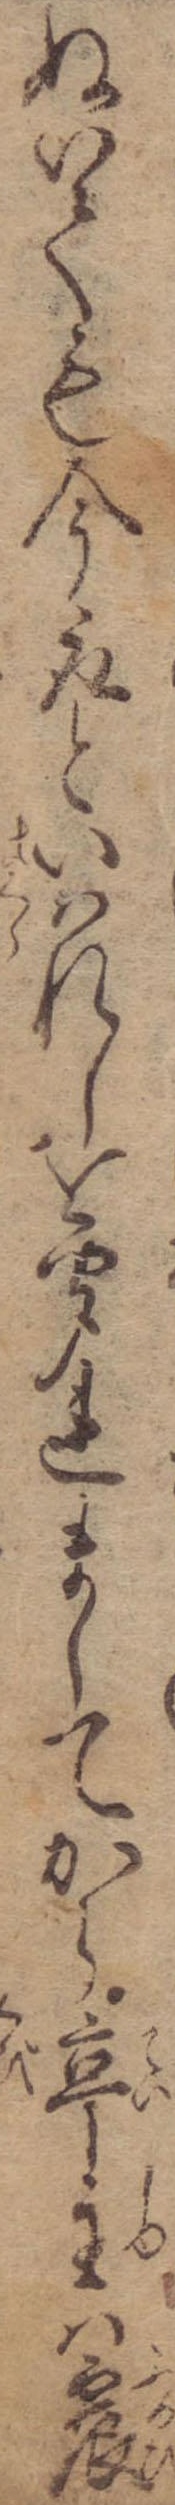
ぬいても今取といはれしを聞れましてから亭主は震